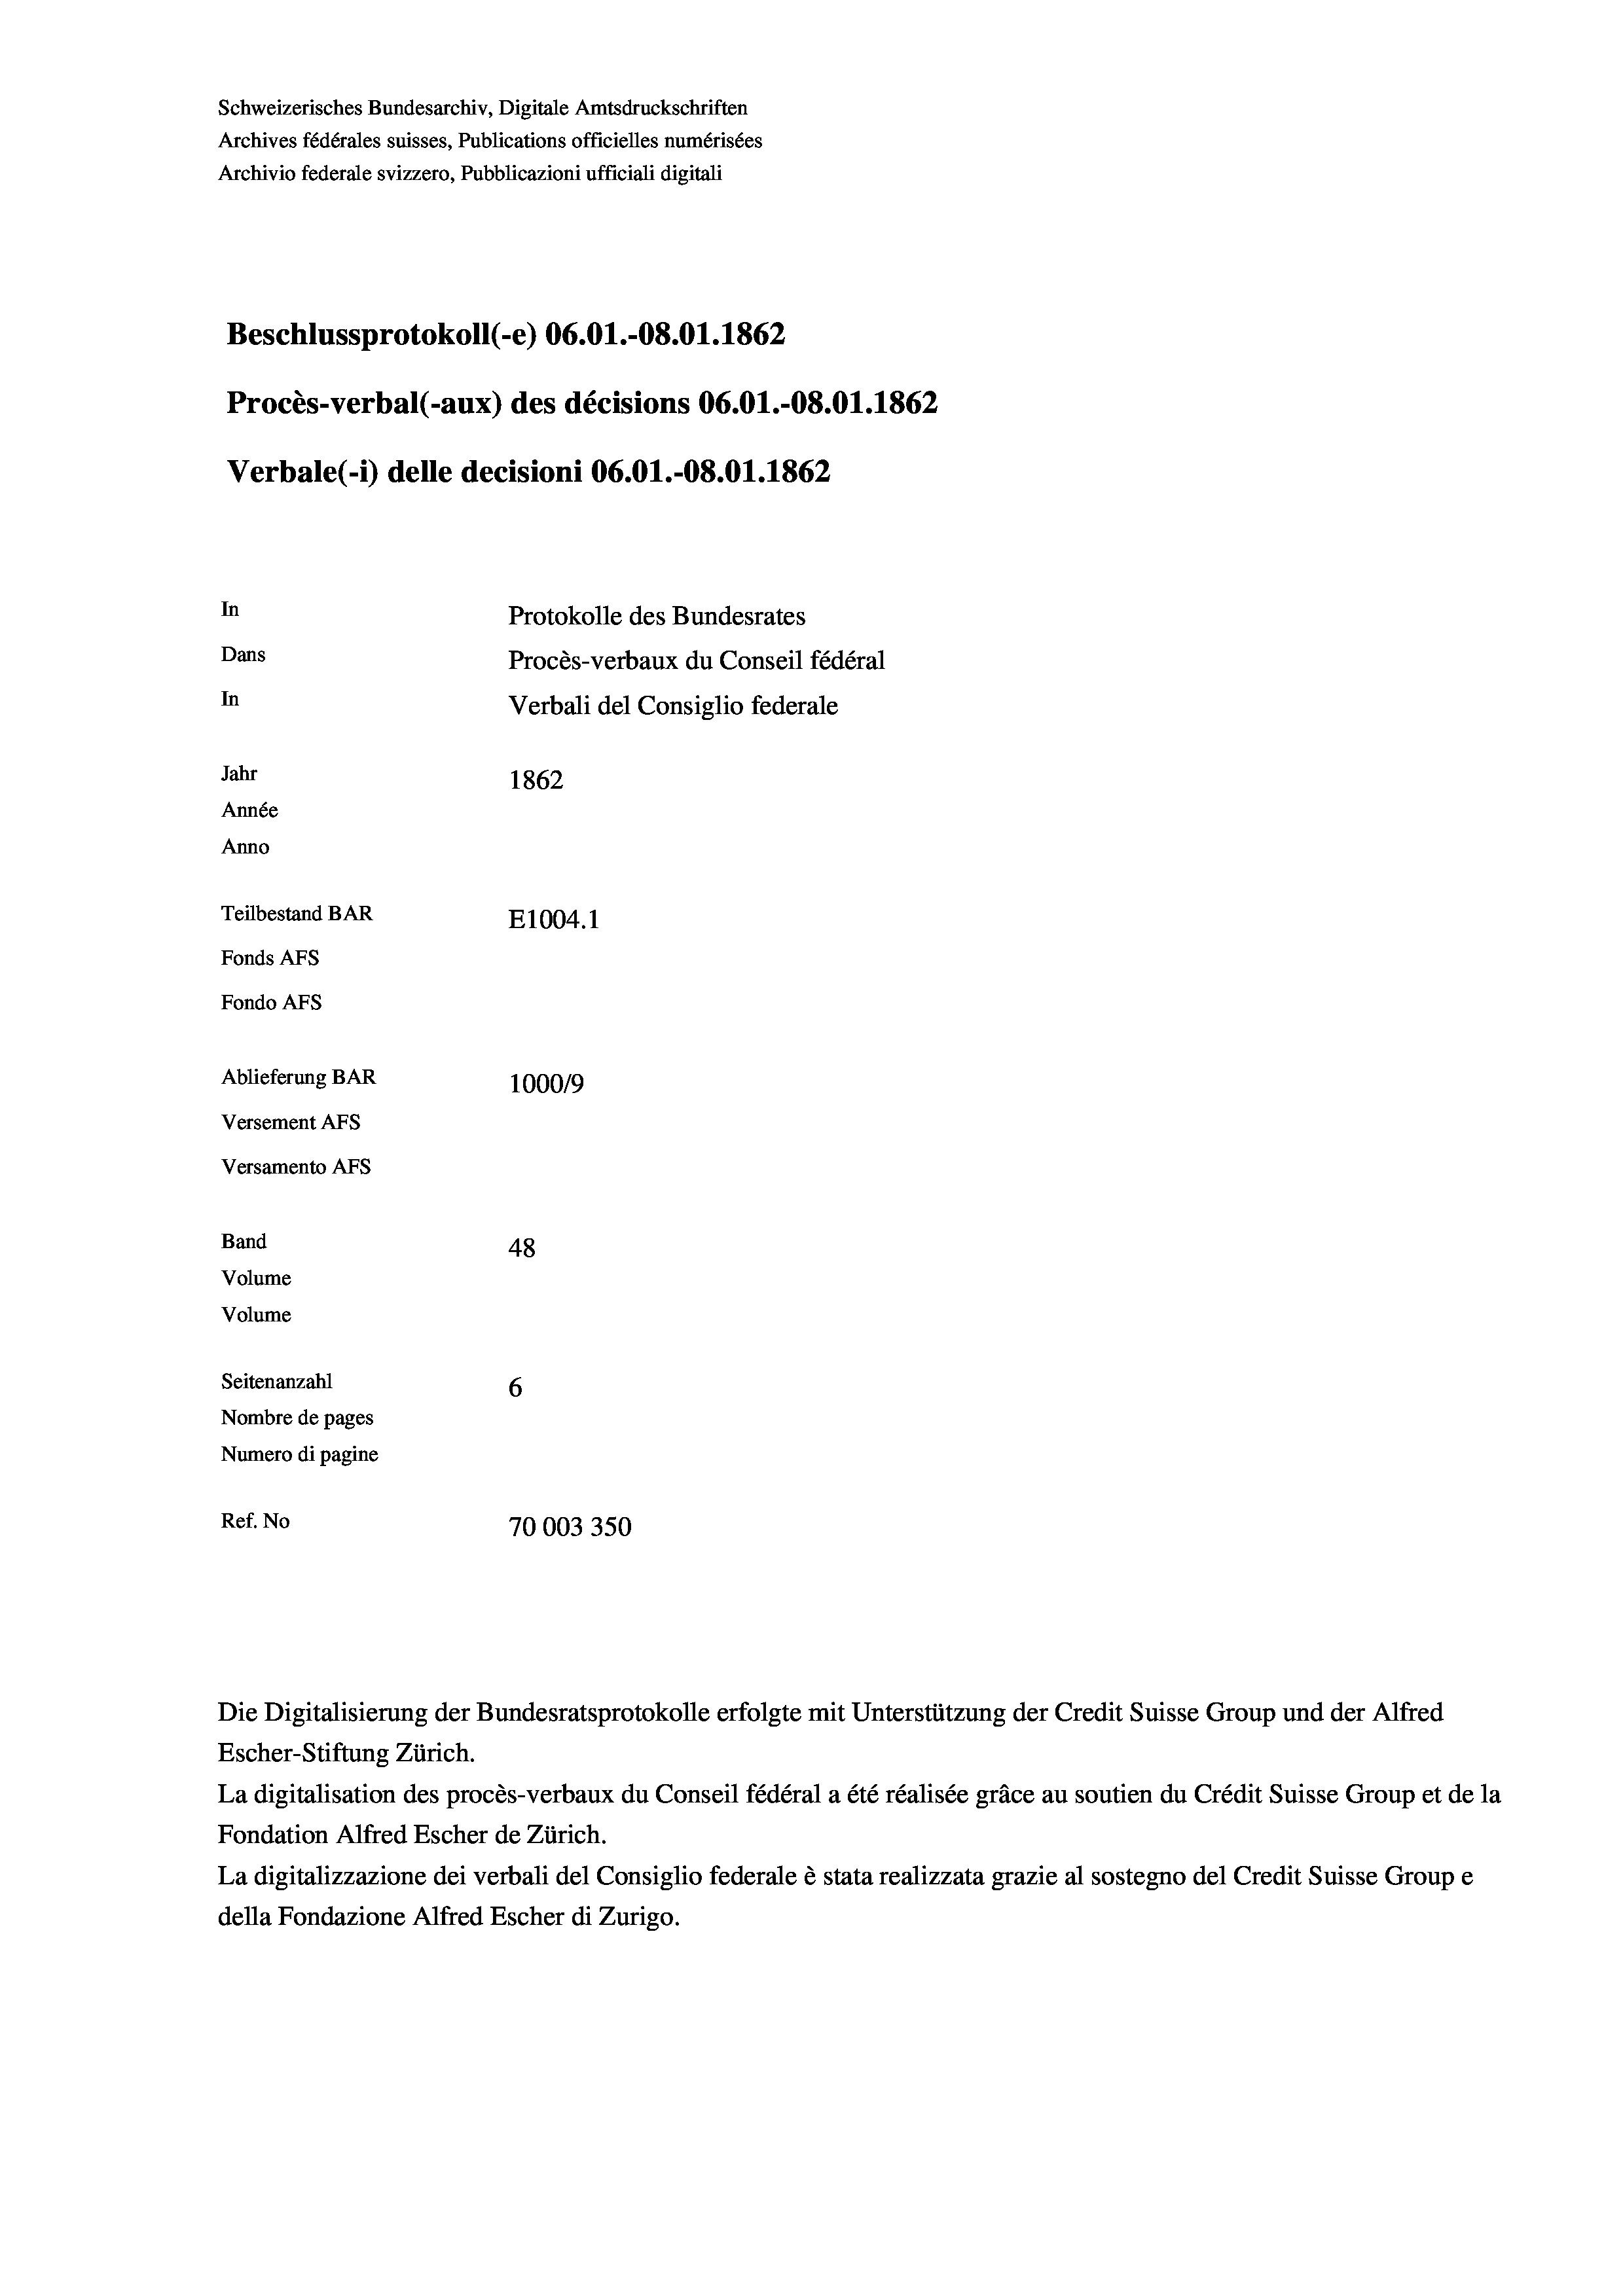
Schweizerisches Bundesarchiv, Digitale Amtsdruckschriften
Archives fédérales suisses, Publications officielles numérisées
Archivio federale svizzero, Pubblicazioni ufficiali digitali
Beschlussprotokoll (-e) 06.01.-08.01. 1862
Procès-verbal (-aux) des décisions 06.01.-08.01. 1862
Verbale (- 1) delle decisioni 06.01.-O8.01. 1862
In
Protokolle des Bundesrates
Dans
Procès-verbaux du Conseil fédéral
In
Verbali del Consiglio federale
Jahr
1862
Année
Anno
Teilbestand BAR
E1004.1
Fonds AFs
Fondo Afs
Ablieferung BAR
100019
Versement AFs
Versamento AFs
Band
48
Volume
Volume
Seitenanzahl
6
Nombre de pages
Numero di pagine
Ref. No
70003350

Escher-Stiftung Zürich.
La digitalisation des procès-verbaux du Conseil fédéral a été réalisée gräce au soutien du Crédit Suisse Group et de la
Fondation Alfred Escher de Zürich.
La digitalizzazione dei verbali del Consiglio federale è stata realizzata grazie al sostegno del Credit Suisse Groupe
della Fondazione Alfred Escher di Zurigo.

Die Digitalisierung der Bundesratsprotokolle erfolgte mit Unterstützung der Credit Suisse Group und der Alfred